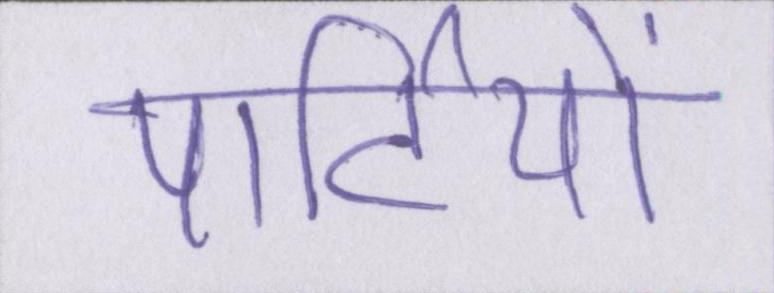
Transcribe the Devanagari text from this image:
पार्टियों